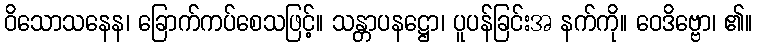
ဝိသောသနေန၊ ခြောက်ကပ်စေသဖြင့်။ သန္တာပနဋ္ဌော၊ ပူပန်ခြင်းအ နက်ကို။ ဝေဒိဗ္ဗော၊ ၏။